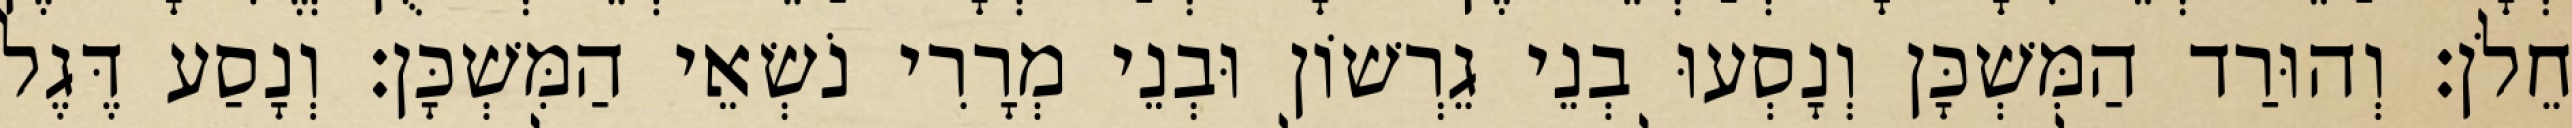
חֵלֹן׃ וְהוּרַד הַמִּשְׁכָּן וְנָסְעוּ בְנֵי גֵרְשׁוֹן וּבְנֵי מְרָרִי נֹשְׂאֵי הַמִּשְׁכָּן׃ וְנָסַע דֶּגֶל